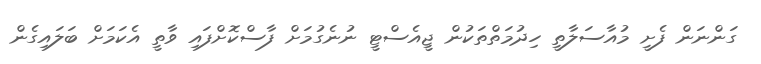
ގަންނަން ފެށީ މުއާސަލާތީ ހިދުމަތްތަކުން ޖީއެސްޓީ ނުނެގުމަށް ފާސްކޮށްފައި ވާތީ އެކަމަށް ބަލައިގެން